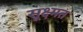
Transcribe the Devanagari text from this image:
सूक्ष्मत